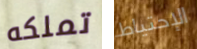
تملكه الإحتياط